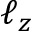
\ell _ { z }